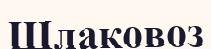
Шлаковоз